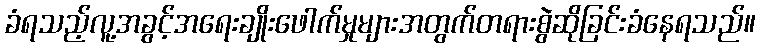
ခံရသည့်လူ့အခွင့်အရေးချိုးဖေါက်မှုများအတွက်တရားစွဲဆိုခြင်းခံနေရသည်။